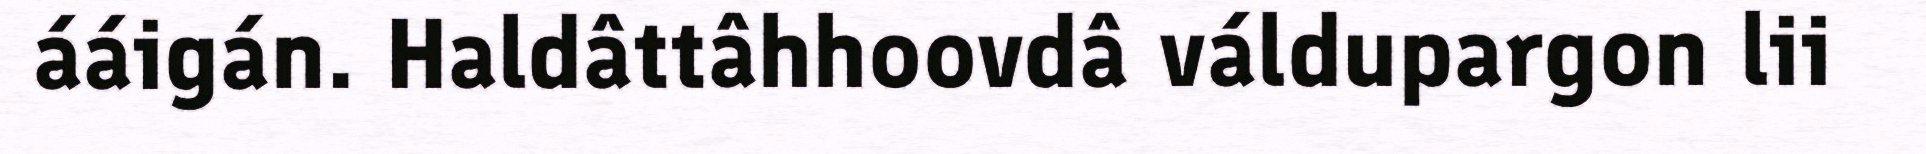
ááigán. Haldâttâhhoovdâ váldupargon lii